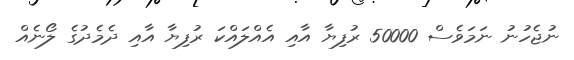
ނުޖެހުނު ނަމަވެސް 50000 ރުފިޔާ އާއި އެއްލައްކަ ރުފިޔާ އާއި ދެމެދުގެ ލޯނެއް